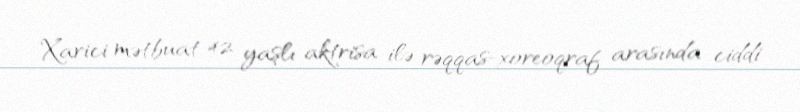
Xarici mətbuat 42 yaşlı aktrisa ilə rəqqas-xoreoqraf arasında ciddi